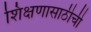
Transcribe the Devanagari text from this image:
शिक्षणासाठीची